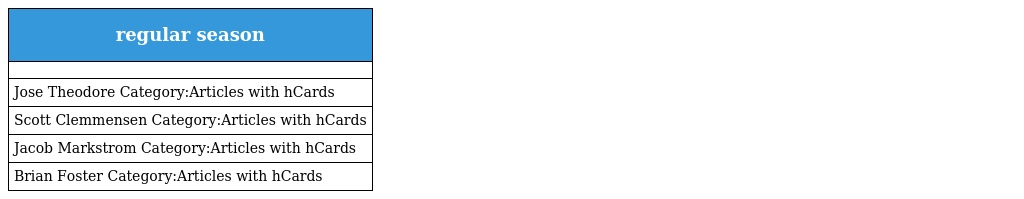
| regular season |
 | --- |
 |  |
 | Jose Theodore Category:Articles with hCards |
 | Scott Clemmensen Category:Articles with hCards |
 | Jacob Markstrom Category:Articles with hCards |
 | Brian Foster Category:Articles with hCards |